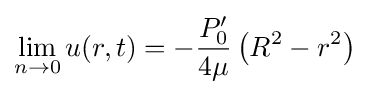
\lim _{n\to 0}u(r,t)=-{\frac {P'_{0}}{4\mu }}\left(R^{2}-r^{2}\right)